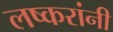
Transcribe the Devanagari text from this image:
लष्करांनी